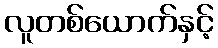
လူတစ်ယောက်နှင့်